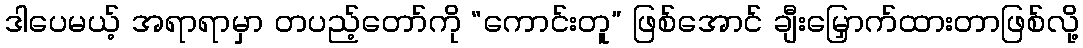
ဒါပေမယ့် အရာရာမှာ တပည့်တော်ကို “ကောင်းတူ” ဖြစ်အောင် ချီးမြှောက်ထားတာဖြစ်လို့